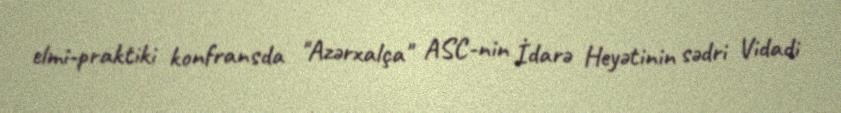
elmi-praktiki konfransda "Azərxalça" ASC-nin İdarə Heyətinin sədri Vidadi